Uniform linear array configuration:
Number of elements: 24
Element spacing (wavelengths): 0.5
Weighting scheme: uniform
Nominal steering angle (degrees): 15
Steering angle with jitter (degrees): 15.648
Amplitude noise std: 0.05
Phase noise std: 0.05

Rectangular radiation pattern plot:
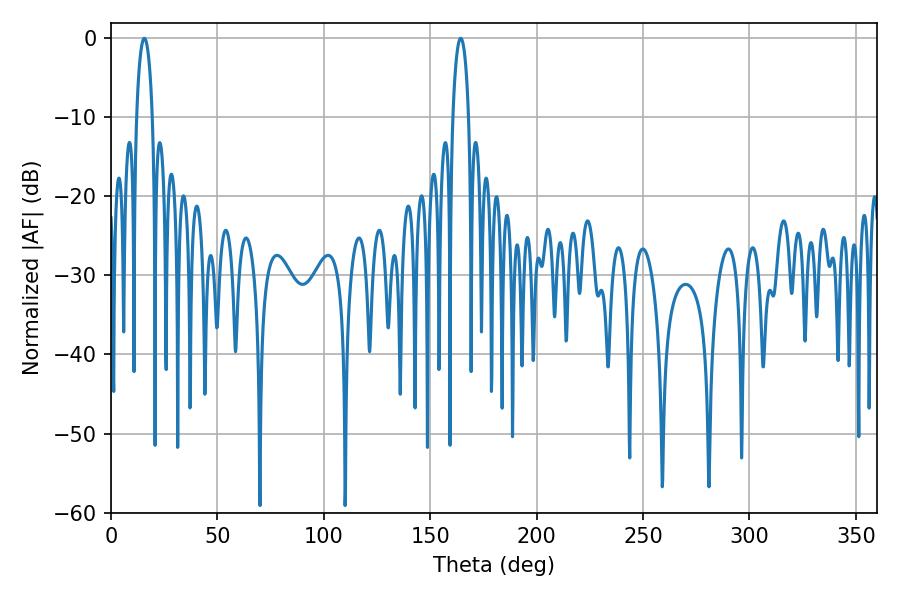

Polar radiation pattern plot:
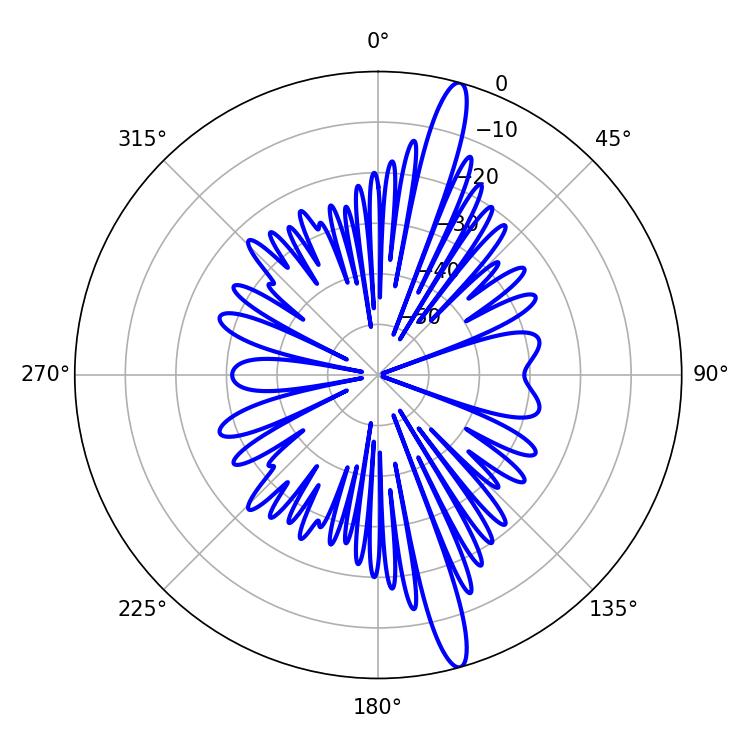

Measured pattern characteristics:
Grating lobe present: FALSE
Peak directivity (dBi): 16.372
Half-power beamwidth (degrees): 4.32
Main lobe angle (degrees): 15.66